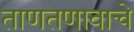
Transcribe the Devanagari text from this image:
ताणतणावाचे